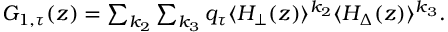
\begin{array} { r } { G _ { 1 , \tau } ( z ) = \sum _ { k _ { 2 } } \sum _ { k _ { 3 } } q _ { \tau } \langle H _ { \bot } ( z ) \rangle ^ { k _ { 2 } } \langle H _ { \Delta } ( z ) \rangle ^ { k _ { 3 } } . } \end{array}